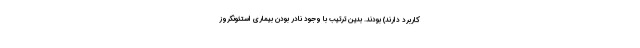
کاربرد دارند) بودند. بدین ترتیب با وجود نادر بودن بیماری استئونکروز